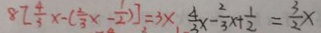
8 [ \frac { 4 } { 3 } x - ( \frac { 2 } { 3 } x - \frac { 1 } { 2 } ) ] = 3 \times \frac { 4 } { 3 } x - \frac { 2 } { 3 } x + \frac { 1 } { 2 } = \frac { 3 } { 2 } x